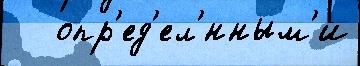
   опр'ед'ел'́нным'и